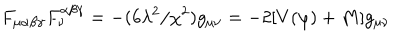
LaTeX: F _ { \mu \alpha \beta \gamma } F _ { \nu } ^ { \alpha \beta \gamma } = - ( 6 \lambda ^ { 2 } / \chi ^ { 2 } ) g _ { \mu \nu } = - 2 [ V ( \varphi ) + M ] g _ { \mu \nu }